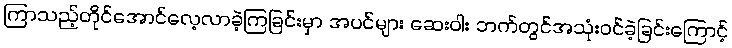
ကြာသည့်တိုင်အောင်လေ့လာခဲ့ကြခြင်းမှာ အပင်များ ဆေးဝါး ဘက်တွင်အသုံးဝင်ခဲ့ခြင်းကြောင့်